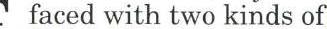
faced with two kinds of